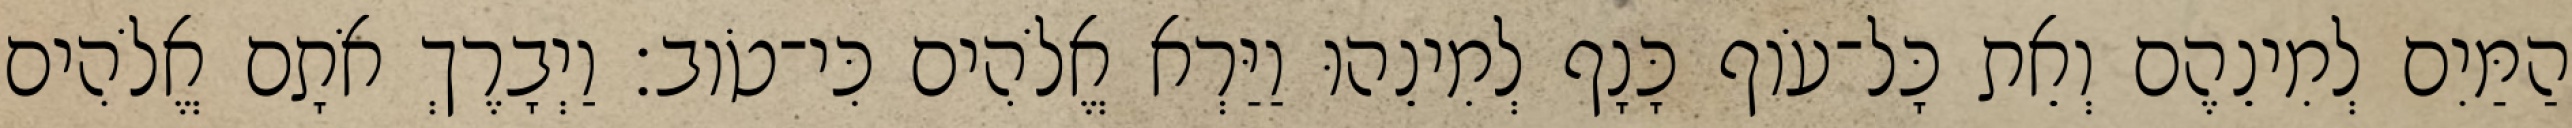
הַמַּיִם לְמִינֵהֶם וְאֵת כָּל־עֹוף כָּנָף לְמִינֵהוּ וַיַּרְא אֱלֹהִים כִּי־טֹוב׃ וַיְבָרֶךְ אֹתָם אֱלֹהִים